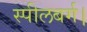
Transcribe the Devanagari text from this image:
स्पीलबर्ग।